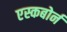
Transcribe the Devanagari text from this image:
एस्कबोर्न